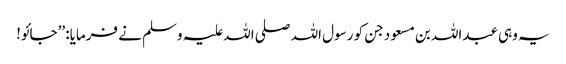
یہ وہی عبداللہ بن مسعود جن کو رسول اللہ صلی اللہ علیہ وسلم نے فرمایا: ’’جائو!